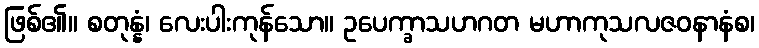
ဖြစ်၏။ စတုန္နံ၊ လေးပါးကုန်သော။ ဥပေက္ခာသဟဂတ မဟာကုသလဇဝနာနံစ၊